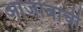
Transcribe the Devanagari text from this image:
आजोबाची